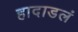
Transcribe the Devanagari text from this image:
हादाडलं